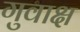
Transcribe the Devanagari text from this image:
गुवाक्ष